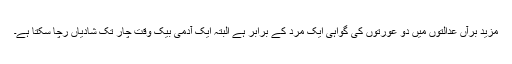
مزید برآں عدالتوں میں دو عورتوں کی گواہی ایک مرد کے برابر ہے البتہ ایک آدمی بیک وقت چار تک شادیاں رچا سکتا ہے۔